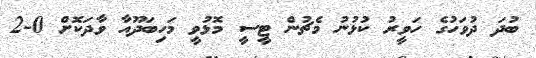
ބުދަ ދުވަހުގެ ހަވީރު ކުޅުނު މެޗުން ޓީސީ މޮޅުވީ މަހިބަދޫއާ ވާދަކޮށް 0-2